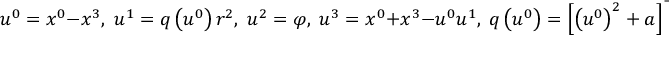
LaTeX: u ^ { 0 } = x ^ { 0 } - x ^ { 3 } , \; u ^ { 1 } = q \left( u ^ { 0 } \right) r ^ { 2 } , \; u ^ { 2 } = \varphi , \; u ^ { 3 } = x ^ { 0 } + x ^ { 3 } - u ^ { 0 } u ^ { 1 } , \; q \left( u ^ { 0 } \right) = \left[ \left( u ^ { 0 } \right) ^ { 2 } + a \right] ^ { - 1 } ,